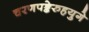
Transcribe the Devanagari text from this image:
चरणपङ्केरुहयुगे